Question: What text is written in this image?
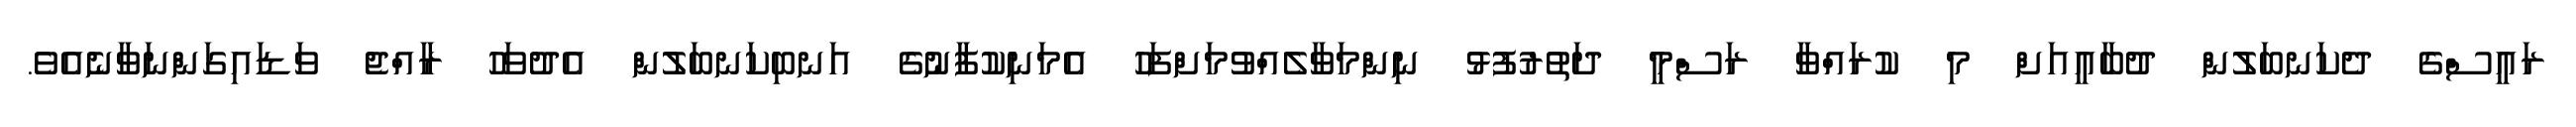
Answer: ރައީސްގެ ދެކަނބަލުން ދުބާއީއަށް މި ކުރައްވާ ރަސްމީ ދަތުރުފުޅު ނިންމަވާލެއްވުމަށްފަހު އެމަނިކުފާނުގެ އަނބިކަނބަލުން އެދުވަހު ރާއްޖެ ވަޑައިގަންނަވާނެއެވެ.